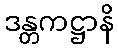
ဒန္တကဋ္ဌာနိ